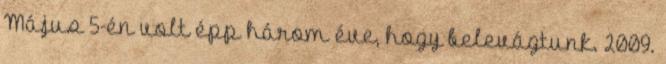
Május 5-én volt épp három éve, hogy belevágtunk. 2009.